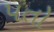
પતો